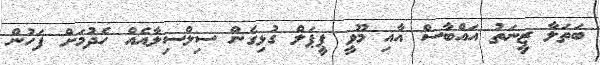
ބަތަލާ ޒީނަތު އައްބާސް އާއި މޫވީ ޕީޕަލް ގުޅިގެން ސިލްސިލާއެއް ހެދުމަށް ފަހުން